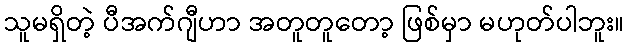
သူမရှိတဲ့ ပီအက်ဂျီဟာ အတူတူတော့ ဖြစ်မှာ မဟုတ်ပါဘူး။